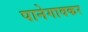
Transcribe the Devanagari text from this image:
पानेगावकर